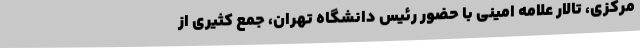
مرکزی، تالار علامه امینی با حضور رئیس دانشگاه تهران، جمع کثیری از